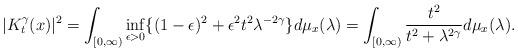
LaTeX: \begin{align*}| K_t^\gamma(x) |^2=\int_{[0, \infty)}\inf_{\epsilon > 0}\{(1 - \epsilon)^2+\epsilon^2 t^2 \lambda^{-2 \gamma}\}d\mu_{x}(\lambda)=\int_{[0, \infty)}\frac{t^2}{t^2 + \lambda^{2 \gamma}}d\mu_{x}(\lambda).\end{align*}